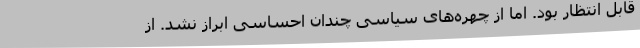
قابل انتظار بود. اما از چهره‌های سیاسی چندان احساسی ابراز نشد. از